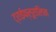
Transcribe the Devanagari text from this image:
ट्राईफ्लूरालिन